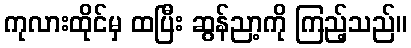
ကုလားထိုင်မှ ထပြီး ဆွန်ညာ့ကို ကြည့်သည်။